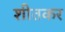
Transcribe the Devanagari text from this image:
शीतकर